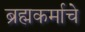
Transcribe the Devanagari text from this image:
ब्रह्मकर्माचे